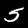
Label: 5